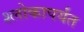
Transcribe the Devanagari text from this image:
श्लोकापर्यंत